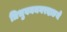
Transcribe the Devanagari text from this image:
त्रिभुवननगरदाङमे